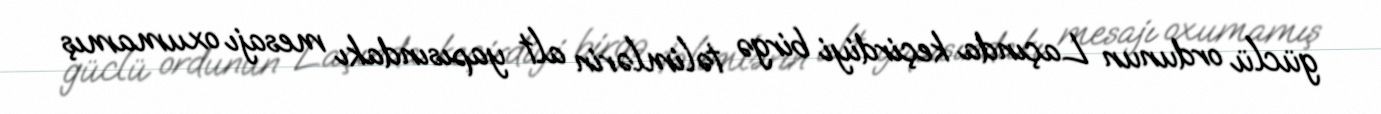
güclü ordunun Laçında keçirdiyi birgə təlimlərin alt yapısındakı mesajı oxumamış